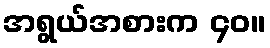
အရွယ်အစားက ၄၀။